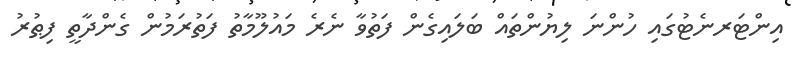
އިންޓަރނެޓުގައި ހުންނަ ލިޔުންތައް ބަލައިގެން ފަތުވާ ނެރެ މައުލޫމާތު ފަތުރަމުން ގެންދާތީ ފިޠުރު